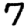
Digit: 7